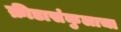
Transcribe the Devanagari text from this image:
क्रीडासंकुलाचा